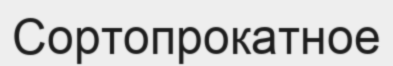
Сортопрокатное